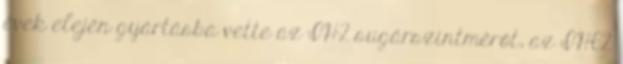
évek elején gyártásba vette az IH2 sugárszintmérőt, az IH62